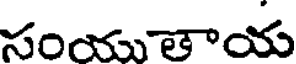
సంయుతాయ